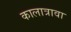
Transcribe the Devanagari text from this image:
कालात्रावा